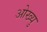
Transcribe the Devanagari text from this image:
ओख्यु